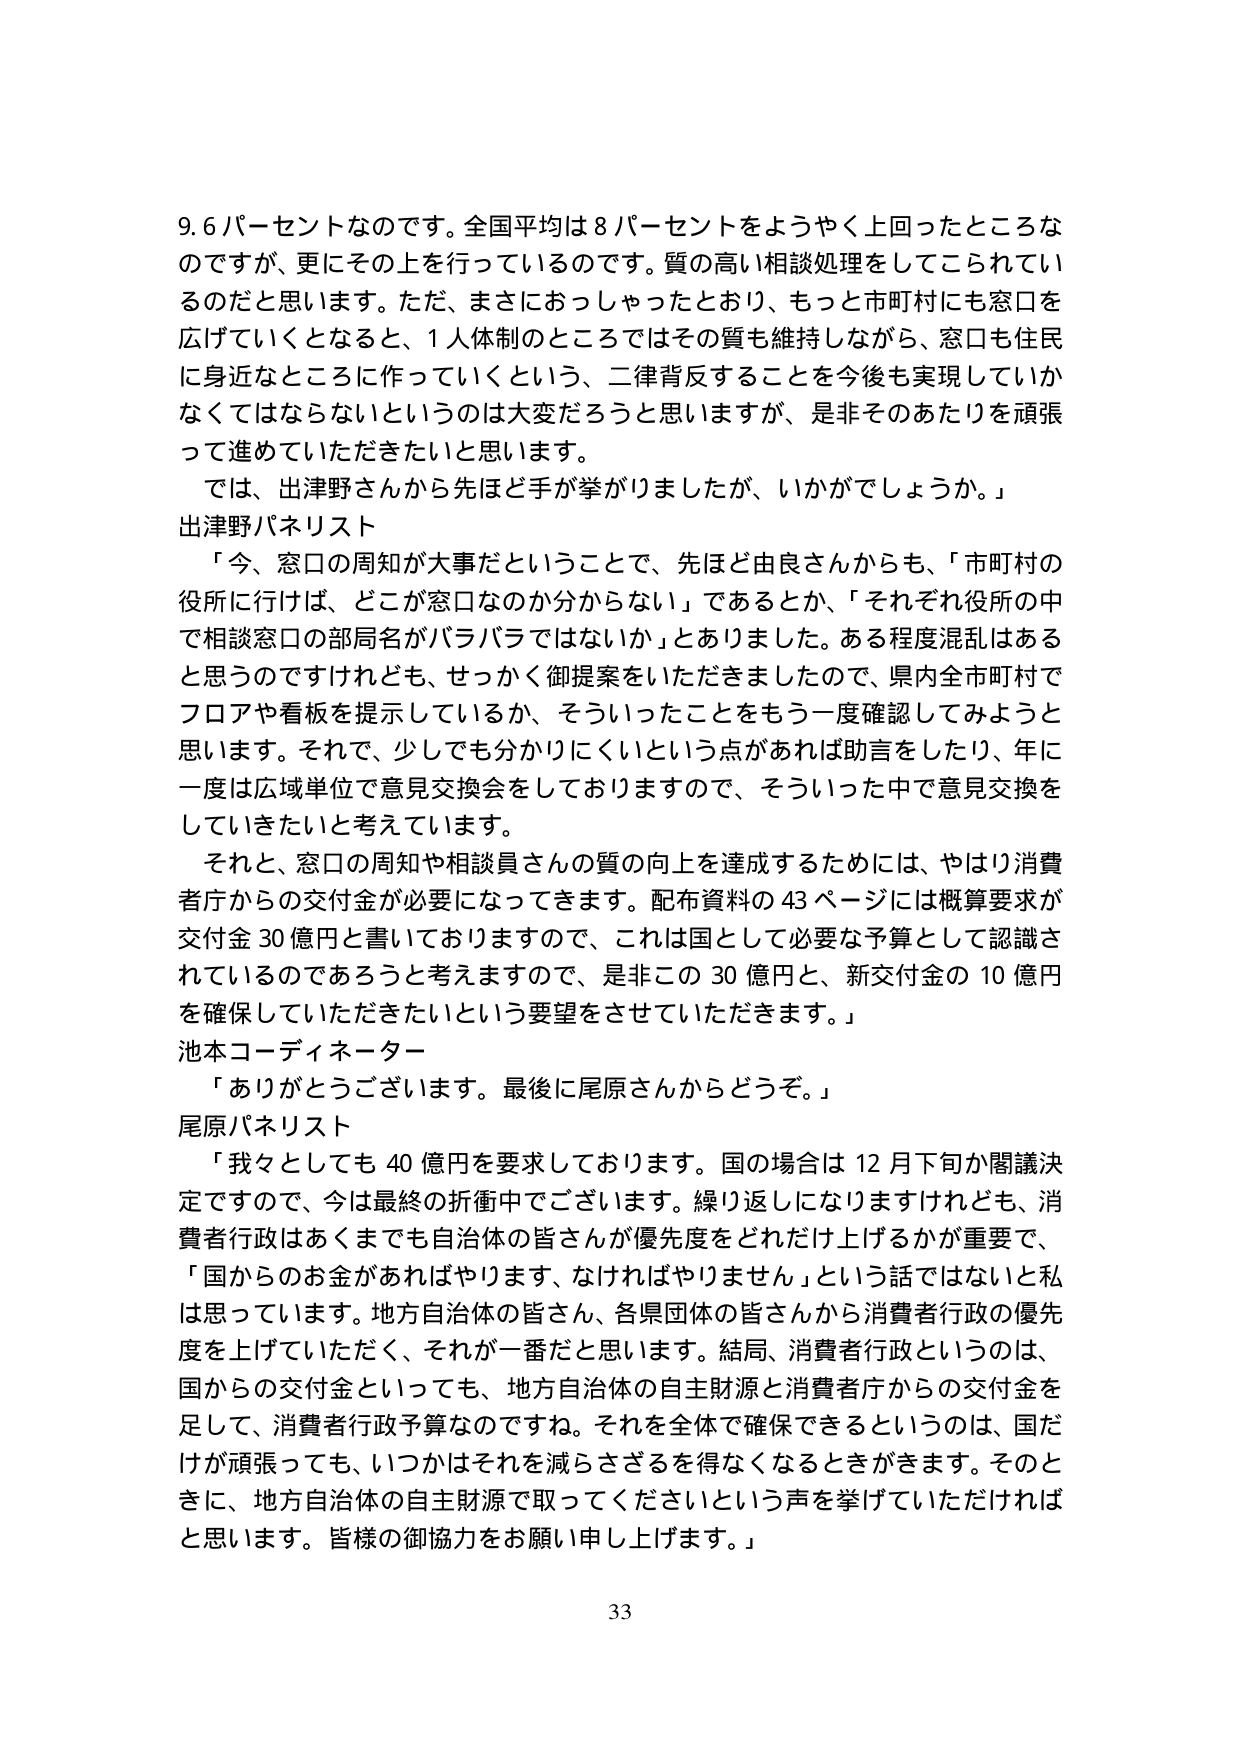
9.6パーセントなのです。全国平均は8パーセントをようやく上回ったところなのですが、更にその上を行っているのです。質の高い相談処理をしてこられているのだと思います。ただ、まさにおっしゃったとおり、もっと市町村にも窓口を広げていくとなると、1人体制のところではその質も維持しながら、窓口も住民に身近なところに作っていくという、二律背反することを今後も実現していかなくてはならないというのは大変だろうと思いますが、是非そのあたりを頑張って進めていただきたいと思います。

では、出津野さんから先ほど手が挙がりましたが、いかがでしょうか。」

出津野パネリスト

「今、窓口の周知が大事だということで、先ほど由良さんからも、「市町村の役所に行けば、どこが窓口なのか分からない」であるとか、「それぞれ役所の中で相談窓口の部局名がバラバラではないか」とありました。ある程度混乱はあると思うのですけれども、せっかく御提案をいただきましたので、県内全市町村でフロアや看板を提示しているか、そういったことをもう一度確認してみようと思います。それで、少しでも分かりにくいという点があれば助言をしたり、年に一度は広域単位で意見交換会をしておりますので、そういった中で意見交換をしていきたいと考えています。

それと、窓口の周知や相談員さんの質の向上を達成するためには、やはり消費者庁からの交付金が必要になってきます。配布資料の43ページには概算要求が交付金30億円と書いておりますので、これは国として必要な予算として認識されているのであろうと考えますので、是非この30億円と、新交付金の10億円を確保していただきたいという要望をさせていただきます。」

池本コーディネーター

「ありがとうございます。最後に尾原さんからどうぞ。」

尾原パネリスト

「我々としても40億円を要求しております。国の場合は12月下旬か閣議決定ですので、今は最終の折衝中でございます。繰り返しになりますけれども、消費者行政はあくまでも自治体の皆さんが優先度をどれだけ上げるかが重要で、「国からお金があればやります、なければやりません」という話ではないと私は思っています。地方自治体の皆さん、各県団体の皆さんから消費者行政の優先度を上げていただく、それが一番だと思います。結局、消費者行政というのは、国からの交付金といっても、地方自治体の自主財源と消費者庁からの交付金を足して、消費者行政予算なのですね。それを全体で確保できるというのは、国だけが頑張っても、いつかはそれを減らさざるを得なくなるときがきます。そのときに、地方自治体の自主財源で取ってくださいという声を挙げていただければと思います。皆様の御協力をお願い申し上げます。」

33